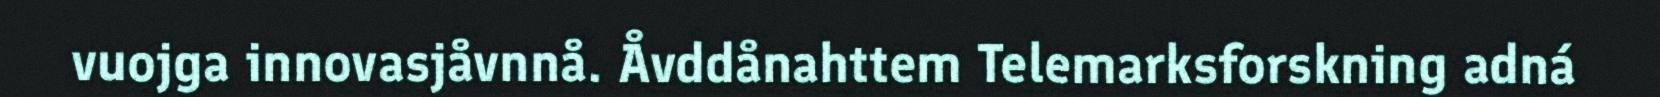
vuojga innovasjåvnnå. Åvddånahttem Telemarksforskning adná